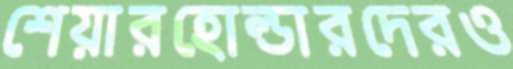
শেয়ারহোল্ডারদেরও